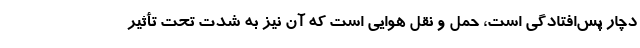
دچار پس‌افتادگی است، حمل و نقل هوایی است که آن نیز به شدت تحت تأثیر